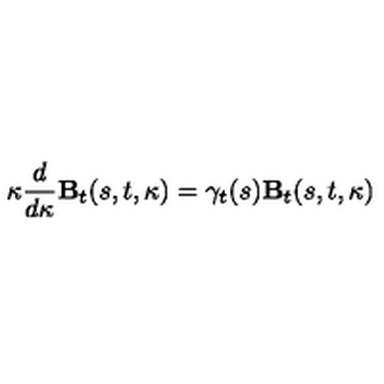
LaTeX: \kappa \frac { d } { d \kappa } { \mathbf B } _ { t } ( s , t , \kappa ) = \mathrm { \boldmath \gamma } _ { t } ( s ) { \mathbf B } _ { t } ( s , t , \kappa )